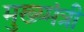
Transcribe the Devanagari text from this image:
मुख्य्मंत्री